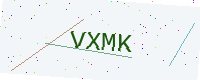
Text: VXMK